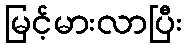
မြင့်မားလာပြီး